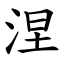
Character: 涅